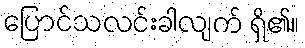
ပြောင်သလင်းခါလျက် ရှိ၏။